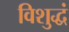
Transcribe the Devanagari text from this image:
विशुद्धं